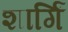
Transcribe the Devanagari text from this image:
शार्गिं